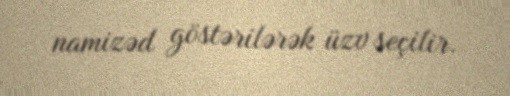
namizəd göstərilərək üzv seçilir.